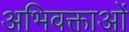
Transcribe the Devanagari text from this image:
अभिवक्ताओं